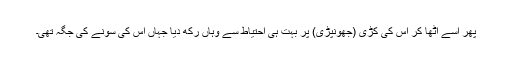
پھر اسے اٹھا کر اس کی کڑی (جھونپڑی) پر بہت ہی احتیاط سے وہاں رکھ دیا جہاں اس کی سونے کی جگہ تھی۔